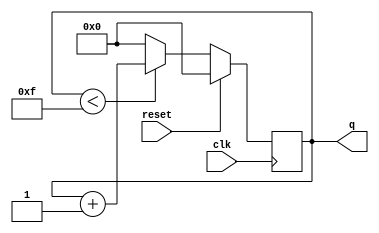
//2022_11_2 kerong
//Four-bit binary counter
module top_module (
    input clk,
    input reset,      // Synchronous active-high reset
    output reg[3:0] q);


always @(posedge clk) begin
    if(reset)begin
        q <= 4'd0;
    end
    else begin
        if(q < 15)begin
            q <= q + 1;
        end
        else begin
            q <= 4'd0;
        end
    end
end
endmodule